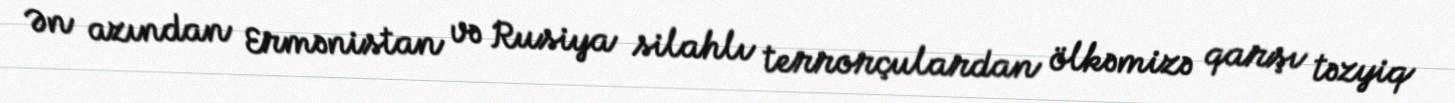
Ən azından Ermənistan və Rusiya silahlı terrorçulardan ölkəmizə qarşı təzyiq